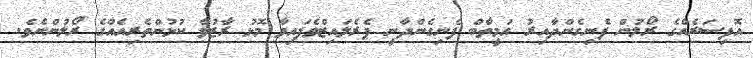
އޮފިސަރެއްގެ ރޯލުން ފެނިގެންދާއިރު އަމީތާބް ފެނިގެންދާނީ ޕެރެލައިޒްވެފައިވާ މޮޅު ރާޒުވާ ކުޅުންތެރިއެއްގެ ރޯލުންނެވެ.